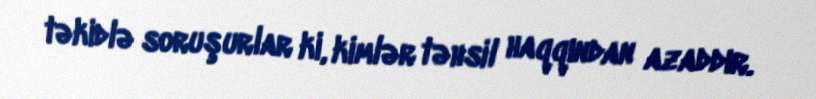
təkidlə soruşurlar ki, kimlər təhsil haqqından azaddır.